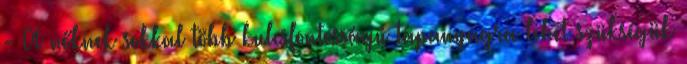
- A nőknek sokkal több kulcsfontosságú tápanyagra lehet szükségük